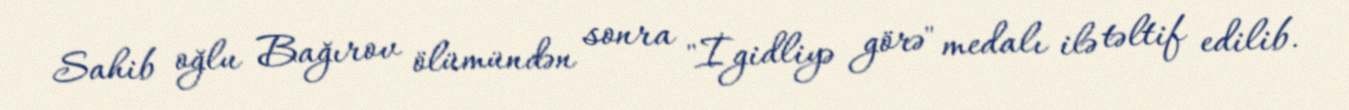
Sahib oğlu Bağırov ölümündən sonra "İgidliyə görə" medalı ilə təltif edilib.